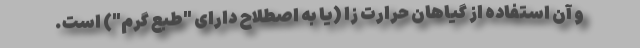
و آن استفاده از گیاهان حرارت زا (یا به اصطلاح دارای "طبع گرم") است.